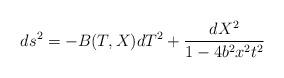
LaTeX: \begin{align*}ds^2 = -B(T,X) dT^2 + \frac{dX^2}{1-4 b^2 x^2 t^2}\end{align*}